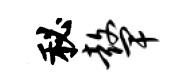
秘鼙